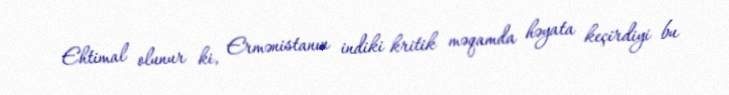
Ehtimal olunur ki, Ermənistanın indiki kritik məqamda həyata keçirdiyi bu